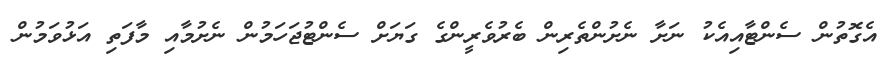
އެގޮތުން ސެންޓާއިއެކު ނަށާ ނެށުންތެރިން ބެރުވެރީންގެ ގަޔަށް ސެންޓުޖަހަމުން ނެށުމާއި މާފަތި އަޅުވަމުން